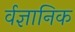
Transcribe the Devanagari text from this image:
र्वज्ञानिक